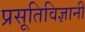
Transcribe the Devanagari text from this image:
प्रसूतिविज्ञानी